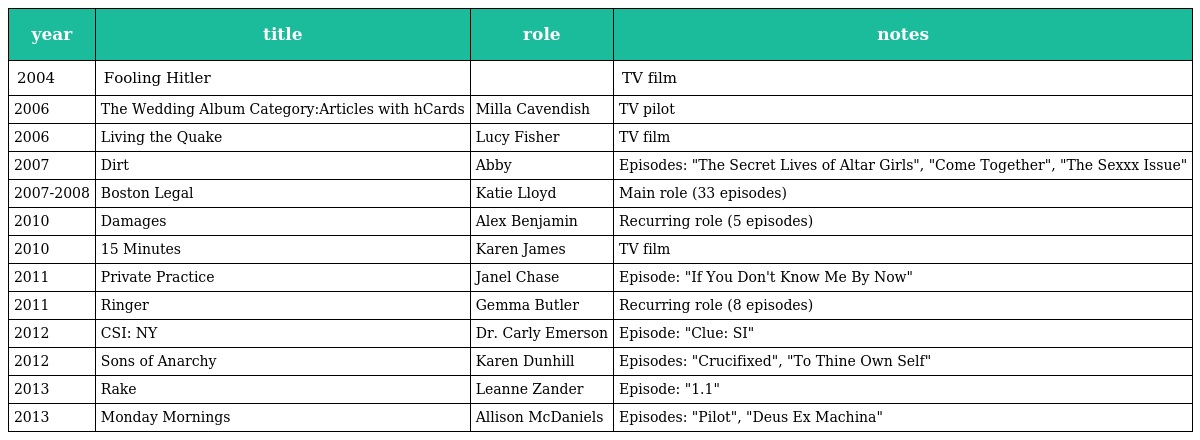
| year | title | role | notes |
 | --- | --- | --- | --- |
 | 2004 | Fooling Hitler |  | TV film |
 | 2006 | The Wedding Album Category:Articles with hCards | Milla Cavendish | TV pilot |
 | 2006 | Living the Quake | Lucy Fisher | TV film |
 | 2007 | Dirt | Abby | Episodes: "The Secret Lives of Altar Girls", "Come Together", "The Sexxx Issue" |
 | 2007-2008 | Boston Legal | Katie Lloyd | Main role (33 episodes) |
 | 2010 | Damages | Alex Benjamin | Recurring role (5 episodes) |
 | 2010 | 15 Minutes | Karen James | TV film |
 | 2011 | Private Practice | Janel Chase | Episode: "If You Don't Know Me By Now" |
 | 2011 | Ringer | Gemma Butler | Recurring role (8 episodes) |
 | 2012 | CSI: NY | Dr. Carly Emerson | Episode: "Clue: SI" |
 | 2012 | Sons of Anarchy | Karen Dunhill | Episodes: "Crucifixed", "To Thine Own Self" |
 | 2013 | Rake | Leanne Zander | Episode: "1.1" |
 | 2013 | Monday Mornings | Allison McDaniels | Episodes: "Pilot", "Deus Ex Machina" |